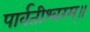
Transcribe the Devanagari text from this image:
पार्वतीश्वरम्॥